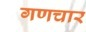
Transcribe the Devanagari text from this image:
गणचार